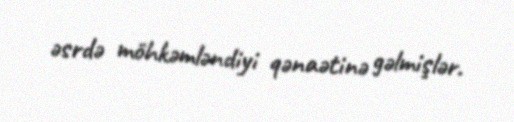
əsrdə möhkəmləndiyi qənaətinə gəlmişlər.